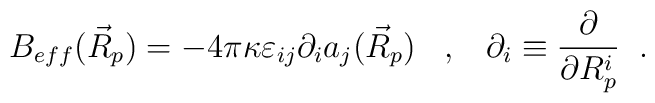
B_{eff}(\vec{R}_{p})=   -4\pi\kappa\varepsilon_{ij}\partial_{i}a_{j}(\vec{R}_{p})  \;\;\;,\;\;\;                \partial_{i}\equiv\frac{\partial}{\partial R^{i}_{p}} \;\;.